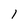
Character: l